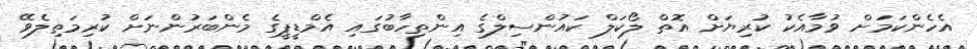
އެހެންކަމަށް ވުމާއެކު ކުރިޔަށް އޮތް ލޯކަލް ކައުންސިލްގެ އިންތިހާބުގައި އެމްޑީޕީގެ މެންބަރުންނަށް ކުރިމަތިލެވޭ